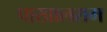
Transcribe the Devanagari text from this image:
पाखालराम